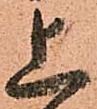
上